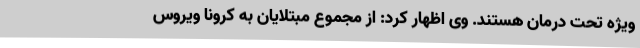
ویژه تحت درمان هستند. وی اظهار کرد: از مجموع مبتلایان به کرونا ویروس